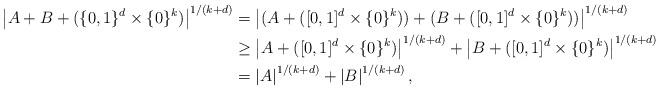
LaTeX: \begin{align*}\left|A+B+(\{0,1\}^d\times \{0\}^k)\right|^{1/(k+d)}&=\left|(A+([0,1]^d\times \{0\}^k))+(B+([0,1]^d\times \{0\}^k))\right|^{1/(k+d)}\\&\geq \left|A+([0,1]^d\times \{0\}^k)\right|^{1/(k+d)}+\left|B+([0,1]^d\times \{0\}^k)\right|^{1/(k+d)}\\&=\left|A\right|^{1/(k+d)}+\left|B\right|^{1/(k+d)},\end{align*}